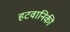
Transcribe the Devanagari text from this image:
हटवानिकी